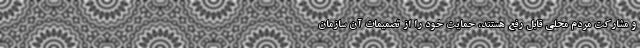
و مشارکت مردم محلی قابل رفع هستند، حمایت خود را از تصمیمات آن سازمان